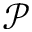
\mathcal { P }